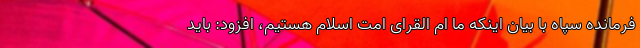
فرمانده سپاه با بیان اینکه ما ام القرای امت اسلام هستیم، افزود: باید